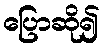
ပြောဆို၍